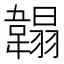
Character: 䪚